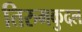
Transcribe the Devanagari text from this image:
तिरुमकुदल